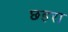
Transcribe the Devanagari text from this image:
छहरा